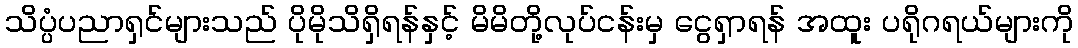
သိပ္ပံပညာရှင်များသည် ပိုမိုသိရှိရန်နှင့် မိမိတို့လုပ်ငန်းမှ ငွေရှာရန် အထူး ပရိုဂရယ်များကို